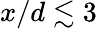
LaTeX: x/d\lesssim 3